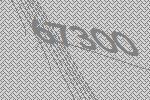
67300